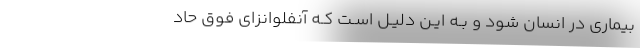
بیماری در انسان ‌شود و بـه ایـن دلیـل اسـت کـه آنفلوانزای فوق حاد